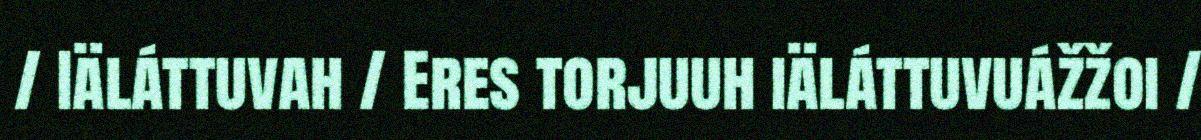
/ Iäláttuvah / Eres torjuuh iäláttuvuážžoi /